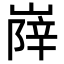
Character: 𡺰